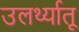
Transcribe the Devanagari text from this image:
उलर्थ्यातू